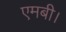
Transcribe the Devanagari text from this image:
एमबी।